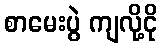
စာမေးပွဲ ကျလို့ငို